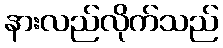
နားလည်လိုက်သည်